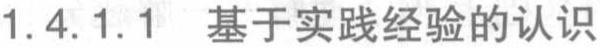
1.4.1.1 基于实践经验的认识